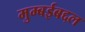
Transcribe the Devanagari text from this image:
मुम्बईबद्दल